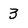
Character: 3